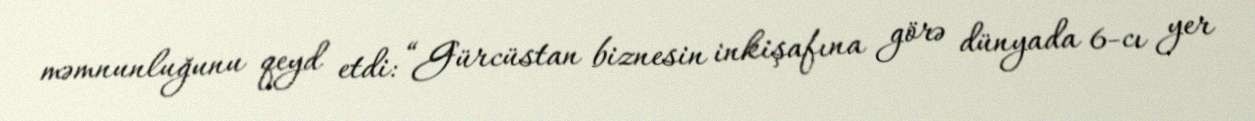
məmnunluğunu qeyd etdi: “Gürcüstan biznesin inkişafına görə dünyada 6-cı yer